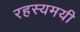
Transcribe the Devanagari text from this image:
रहस्‍यमयी